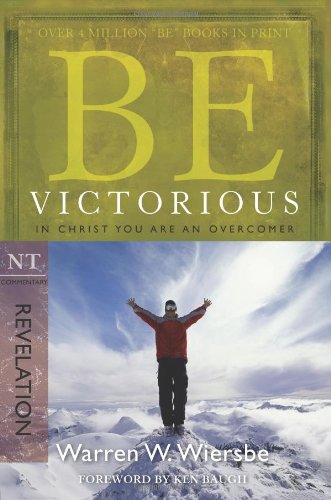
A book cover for Be Victorious (Revelation): In Christ You Are an Overcomer (The BE Series Commentary); Warren W. Wiersbe; Christian Books & Bibles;